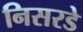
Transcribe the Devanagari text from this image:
निसरडे